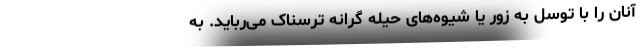
آنان را با توسل به زور یا شیوه‌های حیله گرانه ترسناک می‌رباید. به